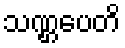
သဏ္ဌပေတိ